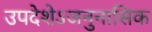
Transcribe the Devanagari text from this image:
उपदेशेऽजनुनासिक